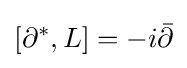
[\partial ^{*},L]=-i{\bar {\partial }}